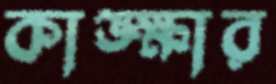
কাঙ্ক্ষার